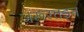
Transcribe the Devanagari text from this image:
जरूरतइन